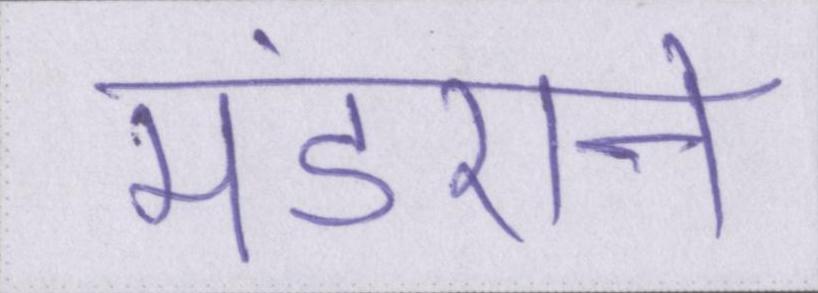
मंडराने